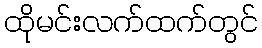
ထိုမင်းလက်ထက်တွင်